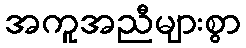
အကူအညီများစွာ